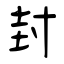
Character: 封